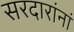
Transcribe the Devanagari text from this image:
सरदारांनां